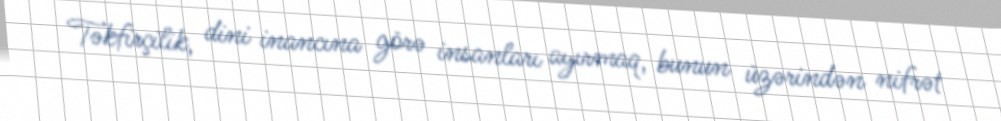
Təkfirçilik, dini inancına görə insanları ayırmaq, bunun üzərindən nifrət